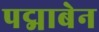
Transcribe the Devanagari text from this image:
पद्माबेन